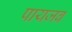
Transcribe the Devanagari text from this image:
पायजब